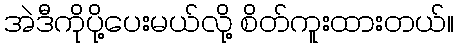
အဲဒီကိုပို့ပေးမယ်လို့ စိတ်ကူးထားတယ်။